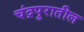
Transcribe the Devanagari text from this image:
चंद्रपुरातील